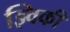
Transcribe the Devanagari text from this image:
झ्विकी